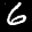
Label: 6